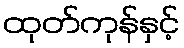
ထုတ်ကုန်နှင့်